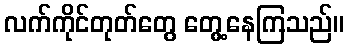
လက်ကိုင်တုတ်တွေ တွေ့နေကြသည်။